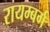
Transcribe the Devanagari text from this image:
रायम्बर्ग